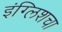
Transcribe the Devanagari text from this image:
इंग्लिशचा